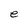
Character: e